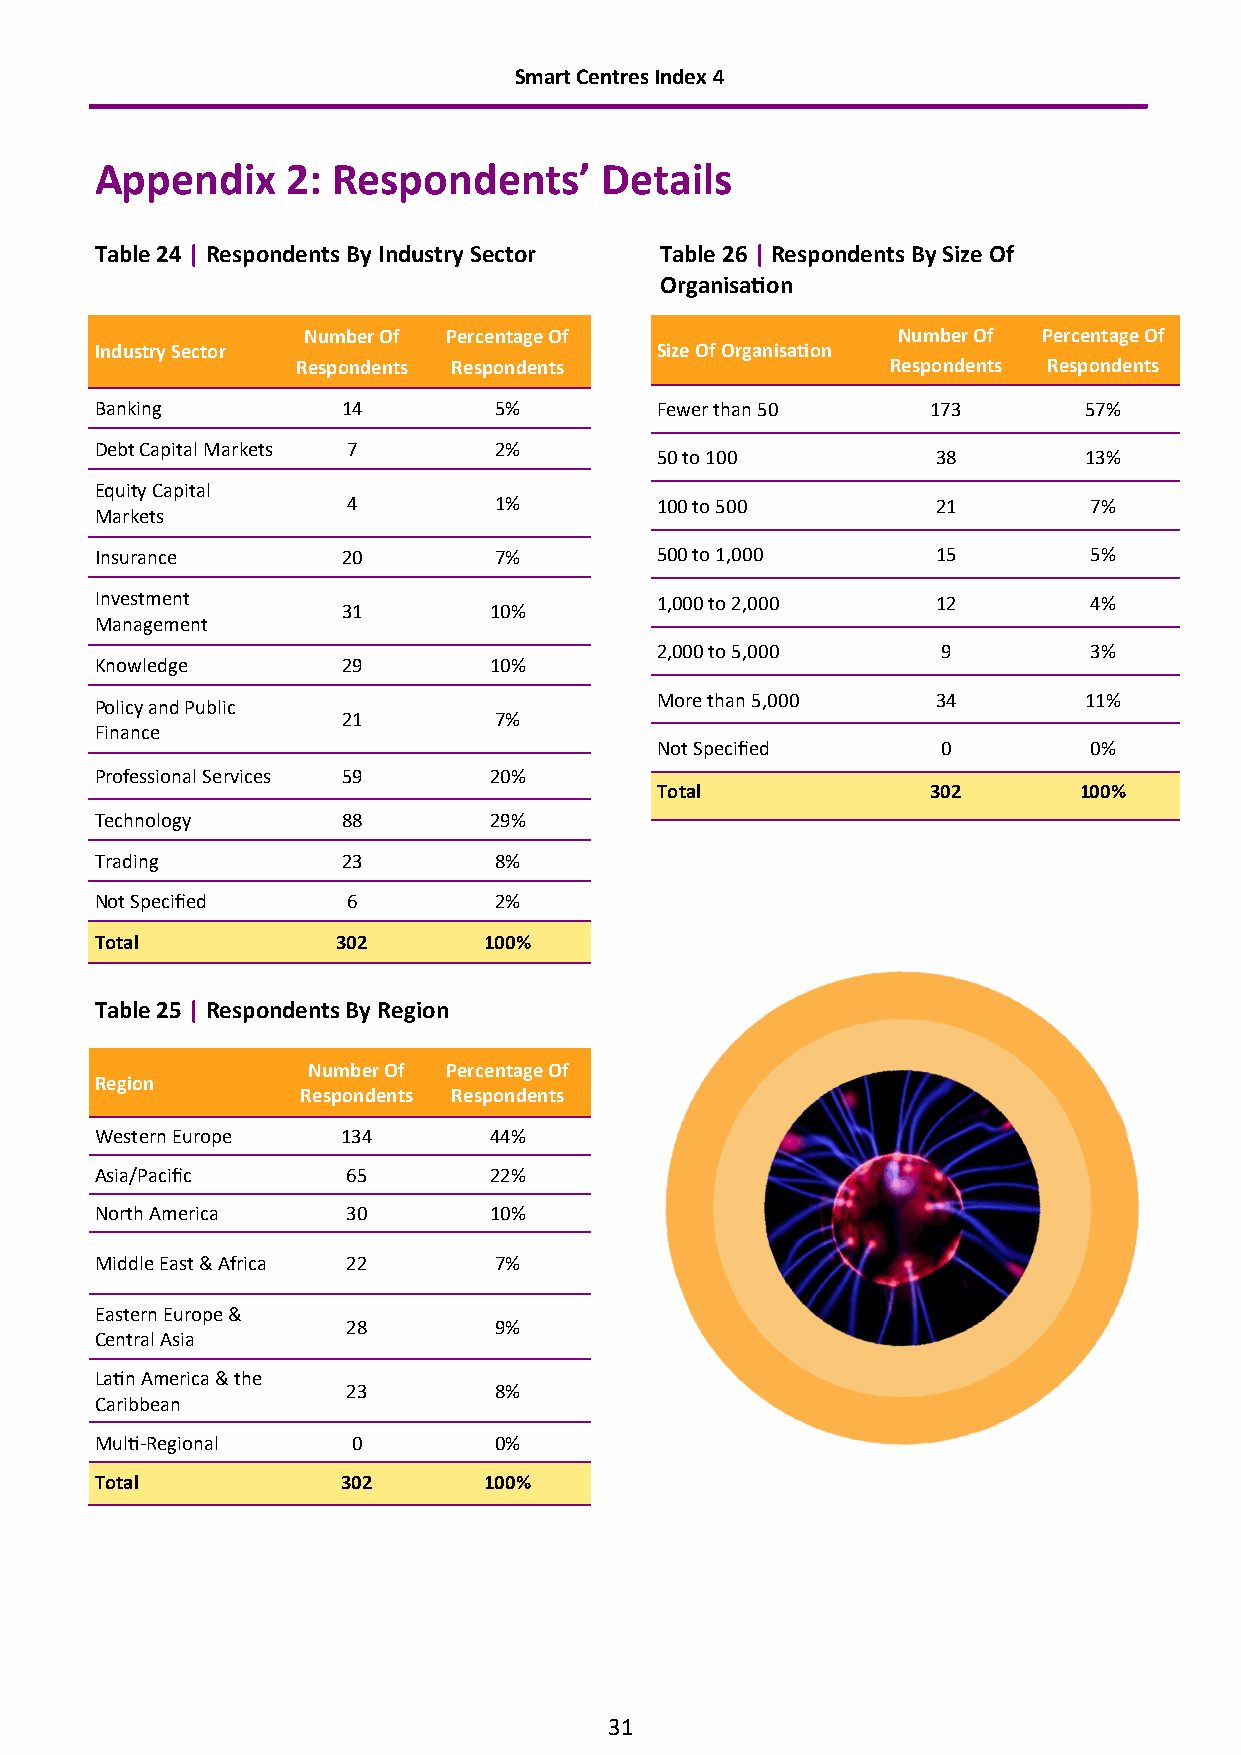
Smart Centres Index 4
 Appendix     2: Respondents’      Details
 Table 24 | Respondents By Industry Sector Table 26 | Respondents By Size Of
 Organisation
 Number Of Percentage Of                Number Of Percentage Of
 Industry Sector                      Size Of Organisation
 Respondents Respondents                Respondents Respondents
 Banking          14        5%        Fewer than 50      173       57%
 Debt Capital Markets 7     2%
 50 to 100          38        13%
 Equity Capital
 4         1%        100 to 500         21        7%
 Markets
 Insurance        20        7%        500 to 1,000       15        5%
 Investment                           1,000 to 2,000     12        4%
 31       10%
 Management
 2,000 to 5,000     9         3%
 Knowledge        29       10%
 More than 5,000    34        11%
 Policy and Public
 21        7%
 Finance
 Not Specified      0         0%
 Professional Services 59  20%
 Total              302      100%
 Technology       88       29%
 Trading          23        8%
 Not Specified    6         2%
 Total           302       100%
 Table 25 | Respondents By Region
 Number Of Percentage Of
 Region
 Respondents Respondents
 Western Europe   134      44%
 Asia/Pacific     65       22%
 North America    30       10%
 Middle East & Africa 22    7%
 Eastern Europe &
 28        9%
 Central Asia
 Latin America & the
 23        8%
 Caribbean
 Multi-Regional   0         0%
 Total            302      100%
 31